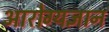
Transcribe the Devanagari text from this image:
आरोग्यज्ञान